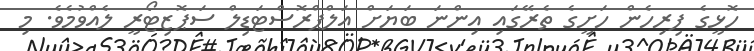
ހޮޅީގެ ފިރިހެން ހަށީގެ ތެރޭގައި އިންނަ ބަޔަށް އަލްޕްރޮސްޓަޑިލް ސަޕޮޒިޓޯރީ ލެއްވުމެވެ. މި